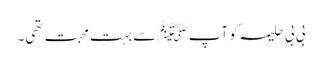
بی بی حلیمہ کو آپ ﷺسے بہت محبت تھی۔